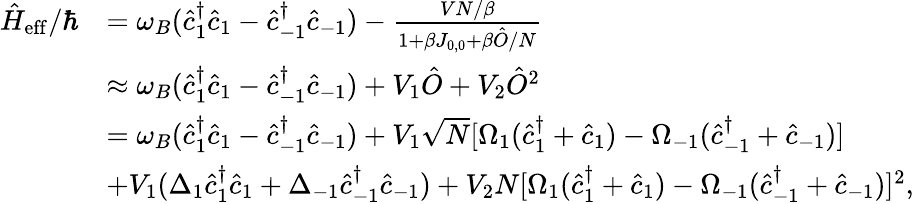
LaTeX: \begin{array}{rl}{\hat{H}_{\mathrm{eff}}/\hbar}&{=\omega_{B}(\hat{c}_{1}^{\dagger}\hat{c}_{1}-\hat{c}_{-1}^{\dagger}\hat{c}_{-1})-\frac{VN/\beta}{1+\beta J_{0,0}+\beta\hat{O}/N}}\\ &{\approx\omega_{B}(\hat{c}_{1}^{\dagger}\hat{c}_{1}-\hat{c}_{-1}^{\dagger}\hat{c}_{-1})+V_{1}\hat{O}+V_{2}\hat{O}^{2}}\\ &{=\omega_{B}(\hat{c}_{1}^{\dagger}\hat{c}_{1}-\hat{c}_{-1}^{\dagger}\hat{c}_{-1})+V_{1}\sqrt{N}[\Omega_{1}(\hat{c}_{1}^{\dagger}+\hat{c}_{1})-\Omega_{-1}(\hat{c}_{-1}^{\dagger}+\hat{c}_{-1})]}\\ &{+V_{1}(\Delta_{1}\hat{c}_{1}^{\dagger}\hat{c}_{1}+\Delta_{-1}\hat{c}_{-1}^{\dagger}\hat{c}_{-1})+V_{2}N[\Omega_{1}(\hat{c}_{1}^{\dagger}+\hat{c}_{1})-\Omega_{-1}(\hat{c}_{-1}^{\dagger}+\hat{c}_{-1})]^{2},}\end{array}